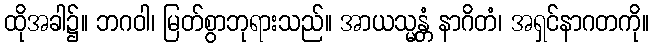
ထိုအခါ၌။ ဘဂဝါ၊ မြတ်စွာဘုရားသည်။ အာယသ္မန္တံ နာဂိတံ၊ အရှင်နာဂတကို။